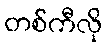
တစ်ကီလို